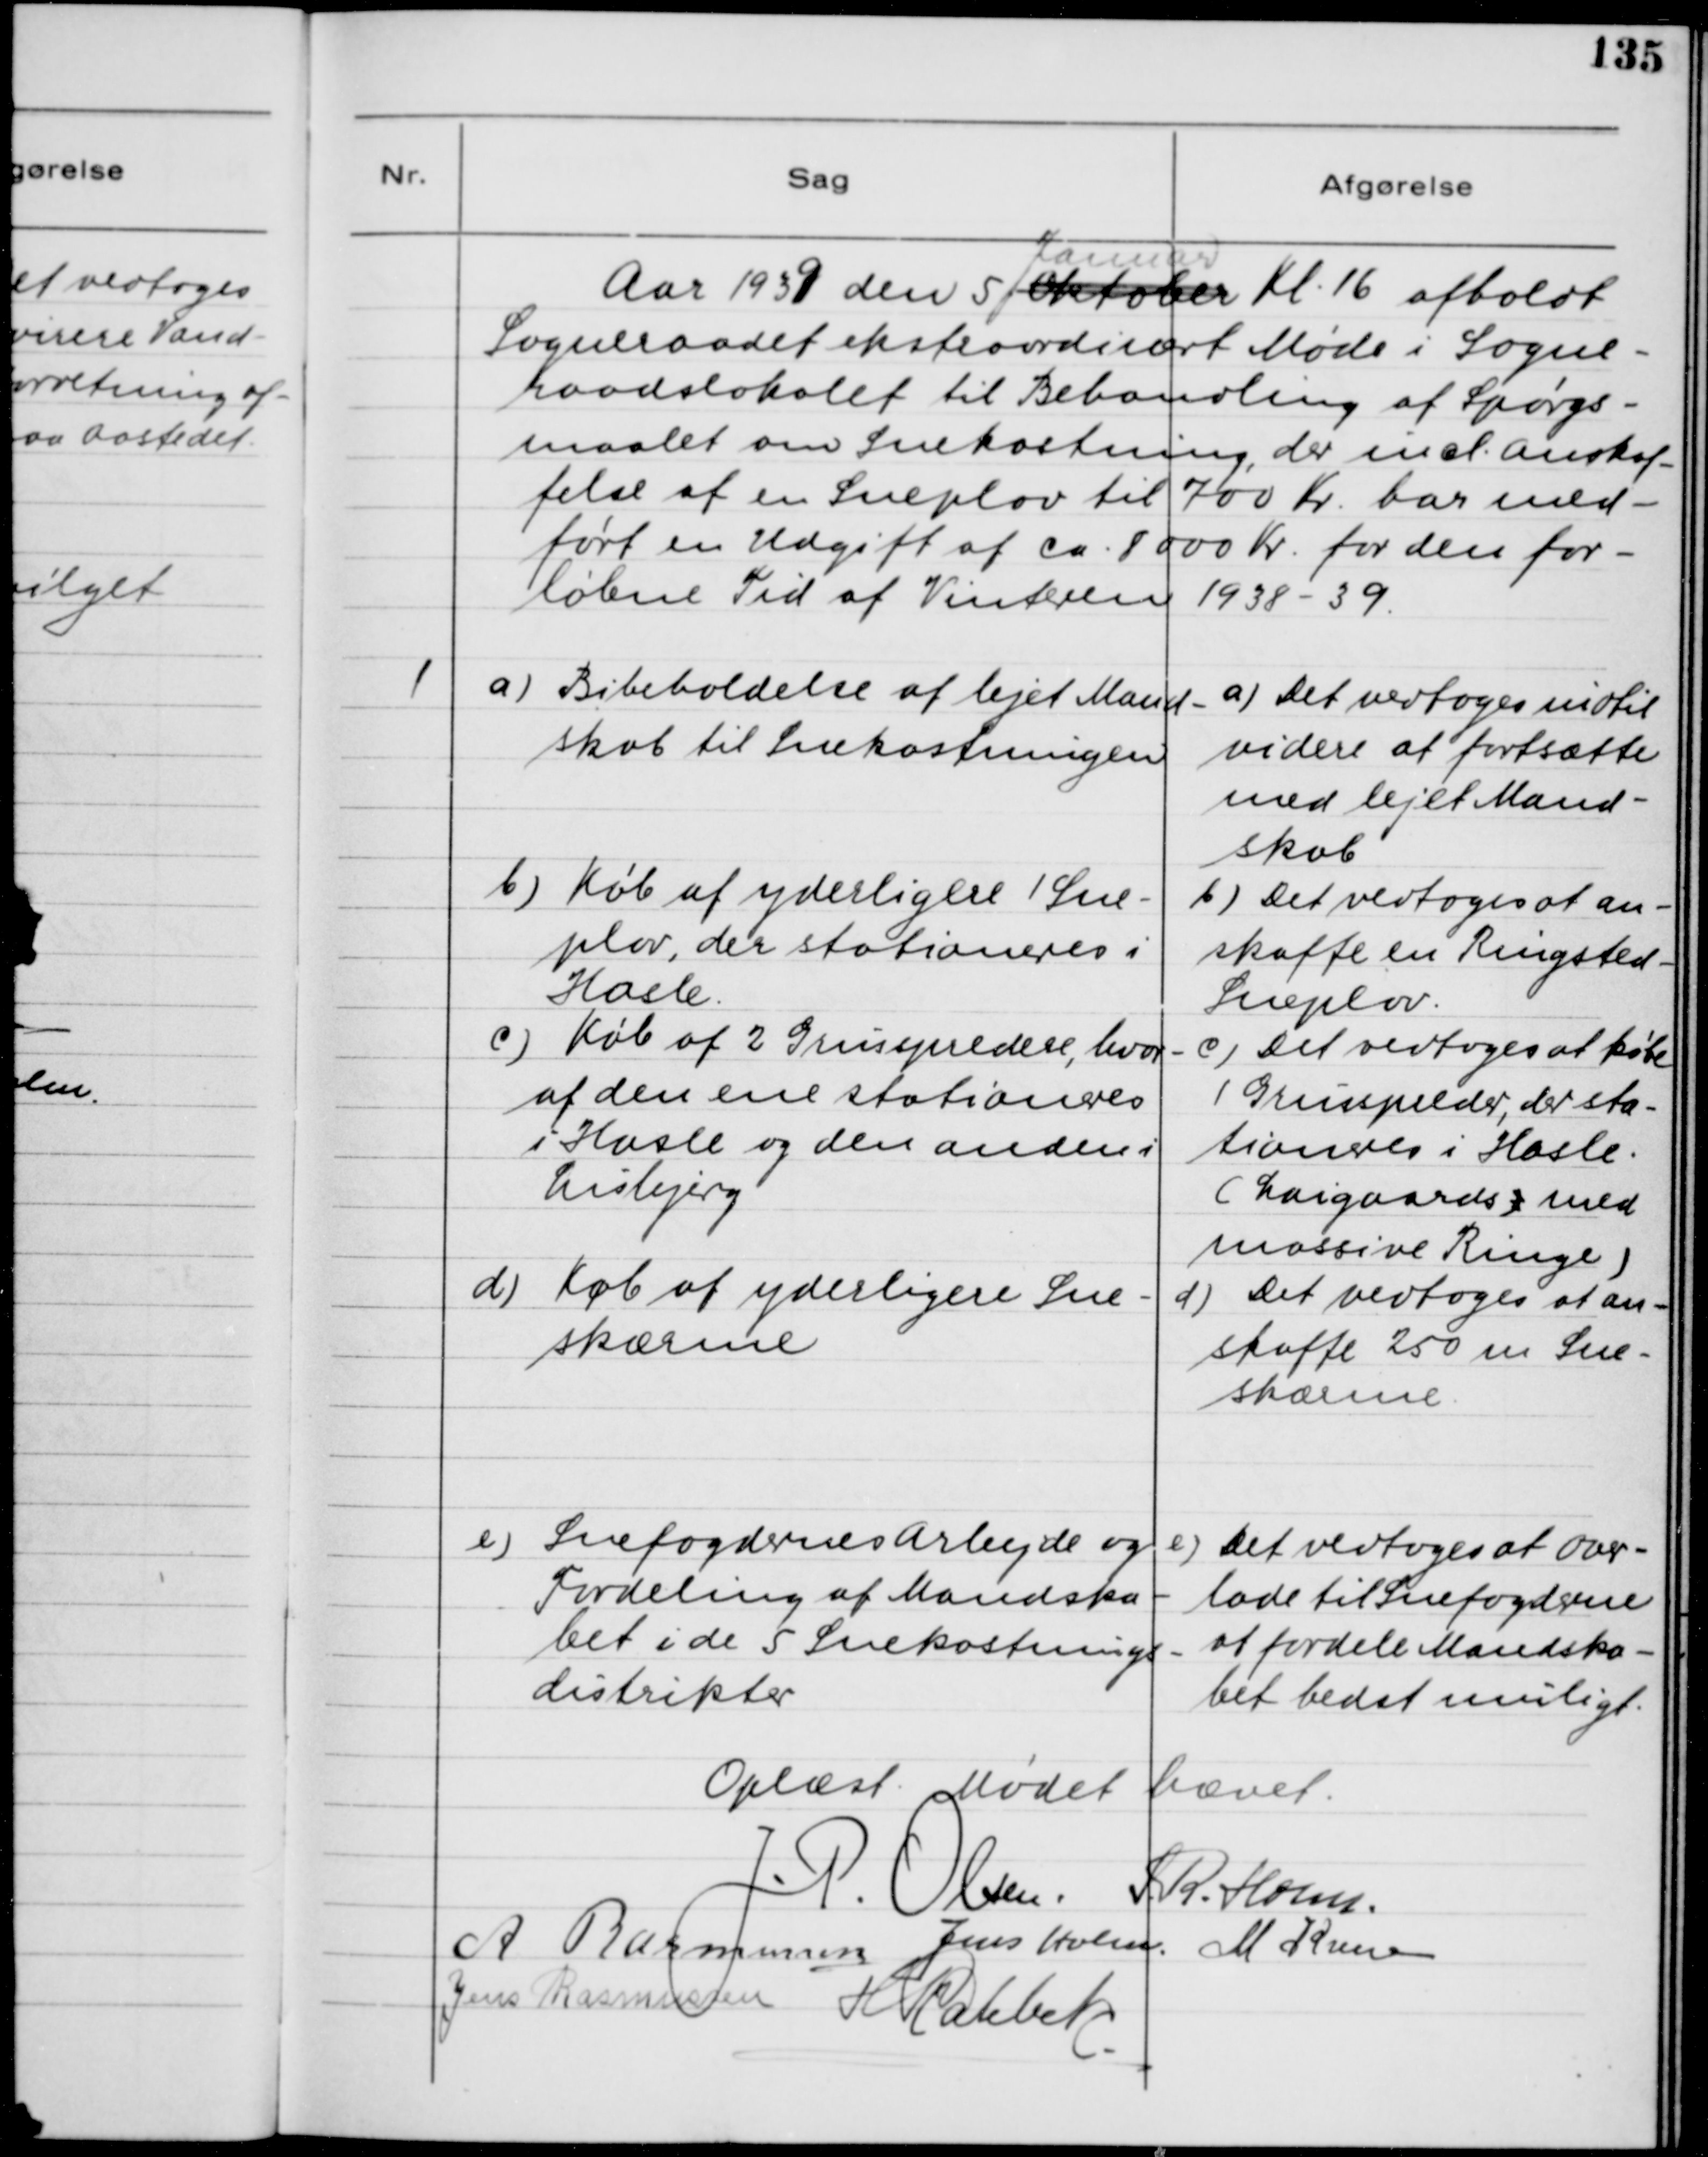
Transskription:
Aar 1939 den 5. Oktober  Januar Kl. 16 afholdt
Sogneraadet ekstraordinært Møde i Sogne-
raadslokalet til Behandling af Spørgs-
maalet om Snekastning, der incl. Anskaf-
felse af en Sneplov til 700 Kr. har med-
ført en Udgift af Ca. 8000 Kr. for den for-
løbne Tid af Vinteren 1938 - 39

1 a) Bibeholdelse af lejet Mand-
skab til Snekastningen
b) Køb af yderligere 1 Sne-
plov, der stationeres i
Hasle
c) Køb af 2 Grusspredere, hvor-
af den ene stationeres
i Hasle og den anden i
Lisbjerg
d) Køb af yderligere Sne-
skærme
e) Snefogdernes Arbejde og
Fordeling af Mandska-
bet i de 5 Snekastnings-
distrikter

a) Det vedtoges indtil
videre at fortsætte
med lejet Mand-
skab
b) Det vedtoges at an-
skaffe en Ringsted-
Sneplov.
c) Det vedtoges at købe
1 Grusspreder, der sta-
tioneres i Hasle.
(Laigaards 1 med
massive Ringe)
d) Det vedtoges at an-
skaffe 250 m Sne-
skærme.
e) Det vedtoges at over-
lade til Snefogderne
at fordele Mandska-
bet bedst muligt.

Oplæst. Mødet hævet.